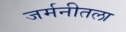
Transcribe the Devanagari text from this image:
जर्मनीतला